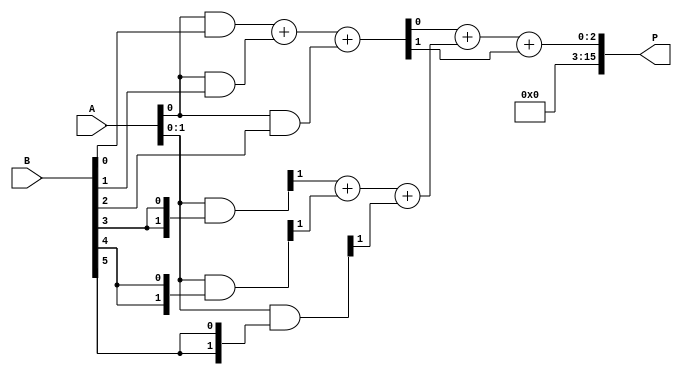
module wallace_tree_multiplier #(parameter N = 8) (
    input [N-1:0] A, // N-bit input A
    input [N-1:0] B, // N-bit input B
    output reg [2*N-1:0] P // 2N-bit output product
);

    // Internal wires for partial products
    wire [N-1:0] pp [0:N-1]; // Partial products array

    // Generate partial products
    genvar i, j;
    generate
        for (i = 0; i < N; i = i + 1) begin : pp_gen
            assign pp[i] = A & {N{B[i]}}; // AND operation to generate partial products
        end
    endgenerate

    // Wallace Tree Reduction
    wire [N-1:0] sum [0:N+1]; // Sum wires
    wire [N-1:0] carry [0:N+1]; // Carry wires
    wire [N-1:0] final_sum, final_carry;

    // Stage-wise reduction using full adders and half adders
    integer stage, j1, j2;
    always @* begin
        // Initialize sums and carries
        for (j1 = 0; j1 < N; j1 = j1 + 1) begin
            sum[0][j1] = pp[j1][j1]; // First stage
            carry[0][j1] = 1'b0; // No carry in the first stage
        end

        // Perform reduction stages
        for (stage = 0; stage < N; stage = stage + 1) begin
            for (j1 = 0; j1 < (N + 1) / 3; j1 = j1 + 1) begin
                // Full adder for three inputs
                if (3*j1+2 < N) begin
                    {carry[stage+1][j1], sum[stage+1][j1]} = pp[3*j1][j1] + pp[3*j1+1][j1] + pp[3*j1+2][j1];
                end else if (3*j1+1 < N) begin
                    {carry[stage+1][j1], sum[stage+1][j1]} = pp[3*j1][j1] + pp[3*j1+1][j1];
                end else if (3*j1 < N) begin
                    sum[stage+1][j1] = pp[3*j1][j1];
                    carry[stage+1][j1] = 1'b0;
                end
            end
        end
    end

    // Final addition stage
    assign {final_carry, final_sum} = sum[N][0] + sum[N][1] + carry[N][0];

    // Assign final product
    always @* begin
        P = {final_carry, final_sum}; // Concatenate carry and sum for final product
    end

endmodule